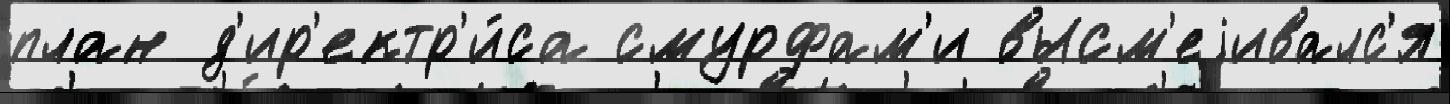
план д'ир'ектр'и́са смурфам'и высм'еjивалс'я